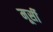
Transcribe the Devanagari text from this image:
मूर्सी